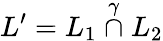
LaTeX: L^{\prime}=L_{1}\stackrel{\gamma}{\cap}L_{2}